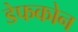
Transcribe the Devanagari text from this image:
डेफकोन